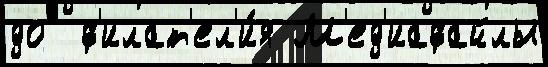
до  ф'илат'ел'и́я М'ед'иафайлы